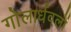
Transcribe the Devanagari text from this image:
गोलार्धवलों